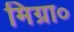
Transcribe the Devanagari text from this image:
मिग्रा०